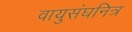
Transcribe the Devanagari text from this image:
वायुसंघनित्र